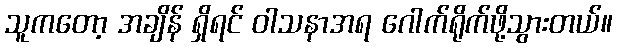
သူကတော့ အချိန် ရှိရင် ဝါသနာအရ ဂေါက်ရိုက်ဖို့သွားတယ်။